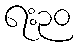
ရး၃၀